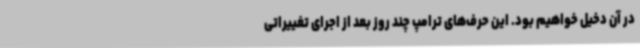
در آن دخیل خواهیم بود. این حرف‌های ترامپ چند روز بعد از اجرای تغییراتی